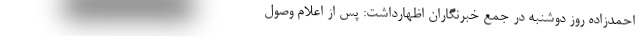
احمدزاده روز دوشنبه در جمع خبرنگاران اظهارداشت: پس از اعلام وصول